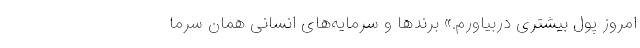
امروز پول بیشتری دربیاورم.» برند‌ها و سرمایه‌های انسانی همان سرما